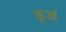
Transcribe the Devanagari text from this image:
कूआं